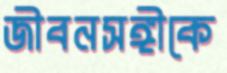
জীবনসঙ্গীকে